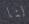
لنا